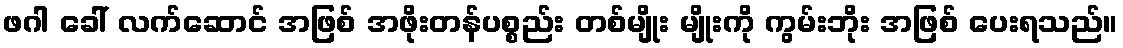
ဖဂါ ခေါ် လက်ဆောင် အဖြစ် အဖိုးတန်ပစ္စည်း တစ်မျိုး မျိုးကို ကွမ်းဘိုး အဖြစ် ပေးရသည်။